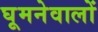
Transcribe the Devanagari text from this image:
घूमनेवालों